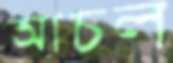
আচল